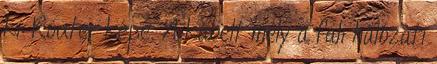
ki: Router képe. A kábelt mely a fali hálózati